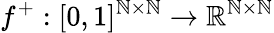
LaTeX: f^{+}:[0,1]^{\mathbb{N}\times\mathbb{N}}\rightarrow\mathbb{{R}}^{\mathbb{N}\times\mathbb{N}}